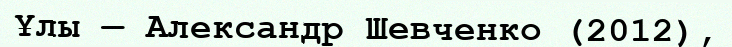
Ұлы — Александр Шевченко (2012),